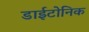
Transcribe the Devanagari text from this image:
डाईटोनिक